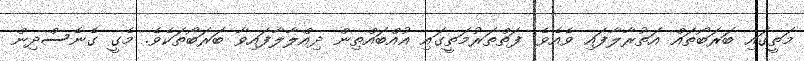
މަތީގައި ބަރަބޯތައް އަތުރާލާފައި ވެއެވެ. ފަތްތަރުމަތީގައި އުއްބައްތިން ދިއްލާލާފައިވާ ބަރަބޯތަކެވެ. މެގީ ގެނެސްދިން